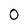
Character: 0